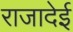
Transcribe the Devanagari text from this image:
राजादेई